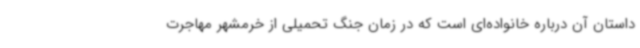
داستان آن درباره خانواده‌ای است که در زمان جنگ تحمیلی از خرمشهر مهاجرت